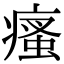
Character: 瘙